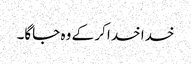
خدا خدا کر کے وہ جاگا۔